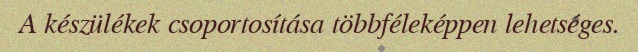
A készülékek csoportosítása többféleképpen lehetséges.